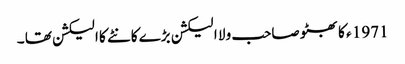
1971 ء کا بھٹو صاحب ولا ا لیکشن بڑے کانٹے کا الیکشن تھا ۔